Annual report on the working of the mental hospitals in the Madras Presidency - 1912-1932
Year: 1912
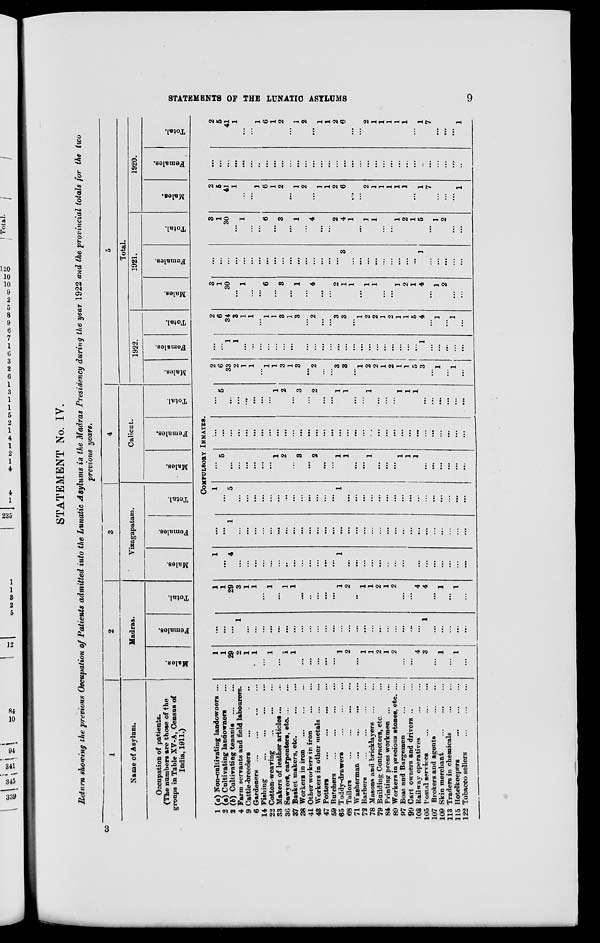
STATEMENTS OF THE LUNATI C ASYLUMS
9
STATEMENT No. IV.
Return showing the previous Occupation of Patients admitted into the Lunatic Asylums in the Madras Presidency during the year 1922 and the provincial totals for the two
previous years.
1
Name of Asylum.
Occupation of patients.
(The numbers are those of the
groups in Table XV-A, Census of
India, 1911.)
1 (a) Non-cultivating landowners ...
2 (a) Cultivating landowners ...
2 (b) Cultivating tenants ... ...
4 Farm servants and field labourers.
9 Cattle-breeders ... ... ...
6 Gardeners ... ... ... ...
14 Fishing
...
...
...
...
22 Cotton-weaving
...
...
...
33 Makers of leather articles ... ...
36 Sawyers, carpenters, etc ... ...
37 Basket makers, etc.
...
...
38 Workers in iron
...
...
...
41 Other workers in iron
...
...
43 Workers in other metals
...
...
47 Potters
...
...
...
...
59 Butchers ... ... ... ...
65 Toddy-drawers
...
...
...
68 Tailors
...
...
...
...
71 Washerman
...
...
...
...
72 Barbers ... ... ... ...
78 Masons and bricklayers ... ...
79 Building Contractors, etc. ...
84 Printing press workmen
...
...
89 Workers in precious stones, etc. ...
97 Boat and Bargemen ... ...
99 Cart owners and drivers ... ...
103 Railway operatives ... ...
105 Postal services
...
...
...
107 Brokers and agents
...
...
109 Skin merchant
...
...
...
113 Traders in chemicals
...
...
115 Hotelkeepers
...
...
...
122 Tobacco sellers
...
...
...
2
Madras.
Males.
Females.
Total.
3
Vizagapatam.
Males.
Females.
Total.
4
Calicut.
Males.
Females.
Total.
5
Total.
1922.
Males.
Females.
Total.
1921.
Males.
Females.
Total.
1920.
Males.
Females.
Total.
COPULSORY INMATES.
1
1
29
2
1
1
...
1
...
1
1
...
...
...
...
...
1
2
...
1
1
2
1
2
...
...
4
3
...
1
...
1
...
...
...
...
1
...
...
...
...
...
...
...
...
...
...
...
...
...
...
...
...
...
...
...
...
...
...
...
1
...
...
...
...
...
1
1
29
3
1
1
...
1
...
1
1
...
...
...
...
...
1
2
...
1
1
2
1
2
...
...
4
4
...
1
...
1
...
1
...
4
...
...
...
...
...
...
...
...
...
...
...
...
...
1
...
...
...
...
...
...
...
...
...
...
...
...
...
...
...
...
...
...
1
...
...
...
...
...
...
...
...
...
...
...
...
...
...
...
...
...
...
...
...
...
...
...
...
...
...
...
...
...
...
1
...
5
...
...
...
...
...
...
...
...
...
...
...
...
...
1
...
...
...
...
...
...
...
...
...
...
...
...
...
...
...
...
...
5
...
...
...
...
...
...
1
2
...
3
...
2
...
...
1
1
...
...
1
...
...
...
1
1
1
...
...
...
...
...
...
...
...
...
...
...
...
...
...
...
...
...
...
...
...
...
...
...
...
...
...
...
...
...
...
...
...
...
...
...
...
...
...
...
...
5
...
...
...
...
...
...
1
2
...
3
...
2
...
...
1
1
...
...
1
...
...
...
1
1
1
...
...
...
...
...
...
2
6
33
2
1
1
...
1
1
3
1
3
...
2
...
...
3
3
...
1
2
2
1
2
1
1
5
3
...
1
...
1
...
...
...
1
1
...
...
...
...
...
...
...
...
...
...
...
...
...
...
...
...
...
...
...
...
...
...
...
1
...
...
...
...
...
2
6
34
3
1
1
...
1
1
3
1
3
...
2
...
...
3
3
...
1
2
2
1
2
1
1
5
4
...
1
...
1
...
3
1
30
...
1
...
...
6
...
3
...
1
...
4
...
...
2
1
1
...
1
1
...
...
1
2
1
4
...
1
2
...
...
...
...
...
...
...
...
...
...
...
...
...
...
...
...
...
...
...
3
...
...
...
...
...
...
...
...
...
1
...
...
...
...
...
3
1
30
...
1
...
...
6
...
3
...
1
...
4
...
...
2
4
1
...
1
1
...
...
1
2
1
5
...
1
2
...
...
2
5
41
1
...
...
1
6
1
2
...
1
2
...
1
1
2
6
...
...
2
1
1
1
1
1
...
1
7
...
...
...
1
...
...
...
...
...
...
..
...
...
...
...
...
...
...
...
...
...
...
...
...
...
...
...
...
...
...
...
..
...
...
...
...
...
2
5
41
1
...
...
1
6
1
2
...
1
2
...
1
1
2
6
...
...
2
1
1
1
1
1
...
1
7
...
...
...
1
3